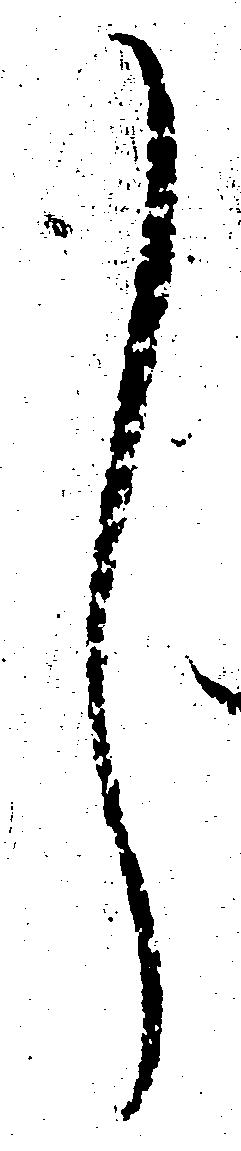
し